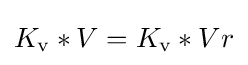
K_{\text{v}}*V=K_{\text{v}}*Vr